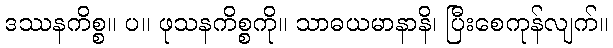
ဒဿနကိစ္စ။ ပ။ ဖုသနကိစ္စကို။ သာဓယမာနာနိ၊ ပြီးစေကုန်လျက်။